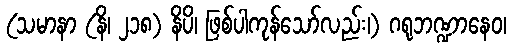
(သမာနာ (နိ၊ ၂၁၈) နိပိ၊ ဖြစ်ပါကုန်သော်လည်း၊) ဂရုဘဏ္ဍာနေဝ၊